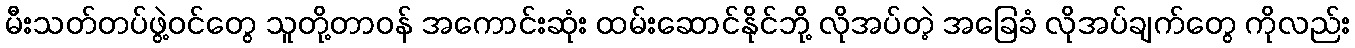
မီးသတ်တပ်ဖွဲ့ဝင်တွေ သူတို့တာဝန် အကောင်းဆုံး ထမ်းဆောင်နိုင်ဘို့ လိုအပ်တဲ့ အခြေခံ လိုအပ်ချက်တွေ ကိုလည်း